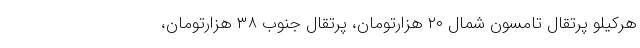
هرکیلو پرتقال تامسون شمال ۲۰ هزارتومان، پرتقال جنوب ۳۸ هزارتومان،